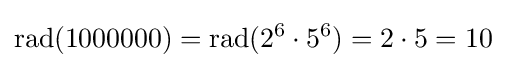
{\text{rad}}(1000000)={\text{rad}}(2^{6}\cdot 5^{6})=2\cdot 5=10